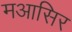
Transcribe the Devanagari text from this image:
मआसिर